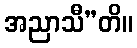
အညာသီ”တိ။